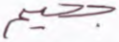
جحيم